Annual report of the Bengal Veterinary College and of the Civil Veterinary Department, Bengal, for the year 1910-1911 - 1910-1911
Year: 1910
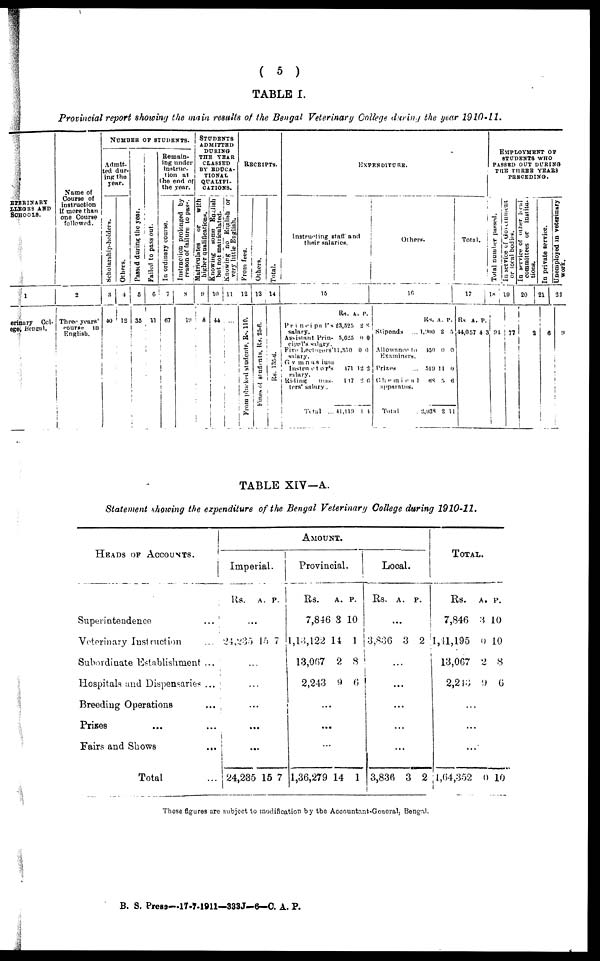
( 5 )
TABLE I.
Provincial report showing the main remits of the Bengal Veterinary College during the year 1910-11.
ETERINARY
LLEGRS AND
SCHOOLS.
1
erinary Col-
ege, Keneal.
Name of
Course of
instruction
if more than
one Course
followed.
2
Three years'
course in
English.
NUMBER OF STUDENTS.
Admit-
ted dur-
ing the
year.
Scholarship-holders.
8
40
Others.
4
12
Passed dur i ng the year.
5
35
Failed to pass out.
6
11
Remain-
ing under
instruc-
tion at
the end of
the year.
In ordinary course.
7
67
Instruction prolonged by
reason of failure to pas-
8
19
STUDENTSD
ADMITTED
DURING
THE YEAR
CLASSED
BY EDUCA-
TIONAL
QUALIFI-
CATION
Matriculates
or
with
higher qualifications.
9
8
Kn o win g some Engl i
s h
but not matriculated.
10
44
Knowing no E n g l i s h or
very little Engl i
sh.
11
...
RECEIPTS.
From fees.
12
From plucked students, Rs. 110.
Others.
13
Fines of students, Rs. 25-6.
Total.
14
Rs. 135-6.
EXPENDITURE.
Instructing staff and
their salaries.
15
Rs. A. P.
Principals 23,525 2 3
salary.
Assistant Prin- 5,023 0 0
cipal's salary.
Five Lecturers 11,350 0 0
salary.
Gymnasium
Instructor's
471 13 2
salary.
Riding
mas. 117 2 6
ters' salary.
Total ... 41,119 1 4
Others.
16
Stipends ...
Allowance In
Examiners.
Prizes ...
Chemien
apparatus.
Total
Rs. A. P.
1,900
2 5
450
0 0
519 11 0
68 5 6
2,938 2 11
Total.
17
Rs A. P.
44,057 4 3
EMPLOYMENT
OF
STUDENTS WHO
PASSED OUT DURING
THE THREE
YEARS
PRECEDING.
Total number passed.
18
94
or local bodies.
19
77
In service of other local
committees or institu-
tious.
20
2
In private service.
21
6
Unemployed in veterinary
work.
22
!l
TABLE XIV-A.
Statement showing the expenditure of the Bengal Veterinary College during 1910-11.
HEADS OF ACCOUNTS.
Superintendence
...
Veterinary Instruction ...
Subordinate Establishment ...
Hospitals and Dispensaries ...
Breeding Operations ...
Prizes ... ...
Fairs and Shows
...
Total ...
AMOUNT.
Imperial.
Rs.
..
24,235
.
.
...
...
...
24,285
A.
.
15
..
..
15
P.
7
7
Provincial.
Rs.
7,846
1,13,122
13,067
2,243
..
...
..
1,36,279
A.
3
14
2
9
.
.
14
P.
10
1
8
6
1
Local.
Rs.
3,836
3,836
A.
...
3
...
...
...
...
...
3
P.
2
2
TOTAL.
Rs.
7,846
1,11,195
13,067
2,213
...
...
...
1,64,352
A.
3 1
0 1
2
9
0
P.
0
0
8
6
10
These figures are subject to modification by the Accountant-General, Bengal.
B. S. Press—17-7-1911—333J-6—0. A. P.